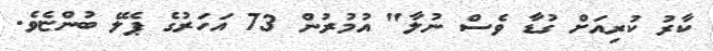
ކާރު ކުރިއަށް ގުޑާ ވެސް ނުލާ" އުމުރުން 73 އަހަރުގެ ޕެލޭ ބުންޏެވެ.